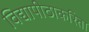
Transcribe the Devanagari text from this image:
विद्यापीठाकरिता